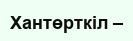
Хантөрткіл –